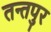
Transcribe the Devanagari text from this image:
तन्तपुर